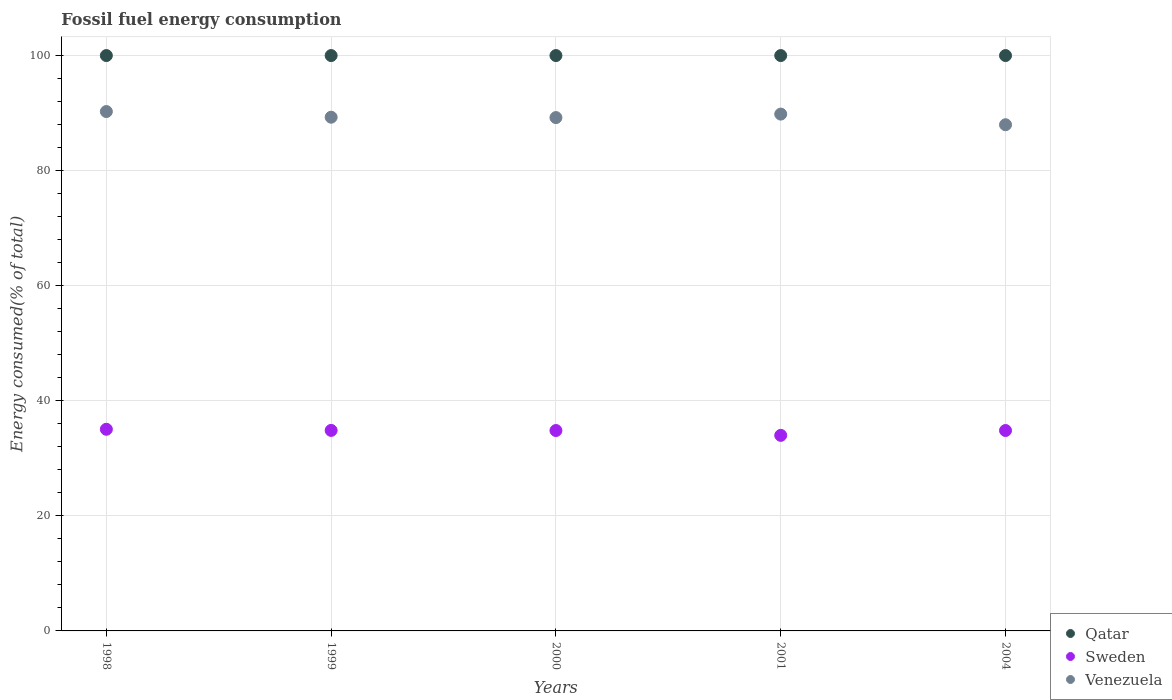
| Years | Qatar | Sweden | Venezuela |
 | --- | --- | --- | --- |
 | 1998 | 100 | 35 | 90.3 |
 | 1999 | 100 | 34.8 | 89.3 |
 | 2000 | 100 | 34.8 | 89.2 |
 | 2001 | 100 | 34 | 89.8 |
 | 2004 | 100 | 34.8 | 88 |